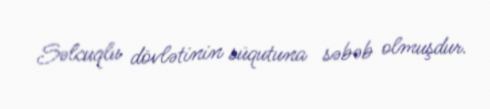
Səlcuqlu dövlətinin süqutuna səbəb olmuşdur.